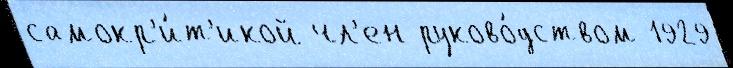
самокр'и́т'икой чл'ен руково́дством 1929